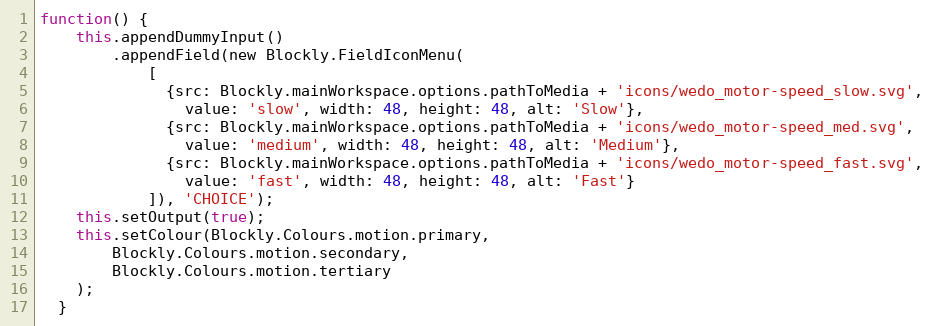
Language: JavaScript
function() {
    this.appendDummyInput()
        .appendField(new Blockly.FieldIconMenu(
            [
              {src: Blockly.mainWorkspace.options.pathToMedia + 'icons/wedo_motor-speed_slow.svg',
                value: 'slow', width: 48, height: 48, alt: 'Slow'},
              {src: Blockly.mainWorkspace.options.pathToMedia + 'icons/wedo_motor-speed_med.svg',
                value: 'medium', width: 48, height: 48, alt: 'Medium'},
              {src: Blockly.mainWorkspace.options.pathToMedia + 'icons/wedo_motor-speed_fast.svg',
                value: 'fast', width: 48, height: 48, alt: 'Fast'}
            ]), 'CHOICE');
    this.setOutput(true);
    this.setColour(Blockly.Colours.motion.primary,
        Blockly.Colours.motion.secondary,
        Blockly.Colours.motion.tertiary
    );
  }